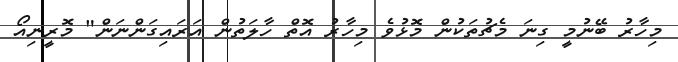
މިހާރު ބޭނުމީ ގިނަ މެޗުތަކުން މޮޅުވެ މިހާރު އޮތް ހާލަތުން އަރައިގަންނަން" މޮރީނިއޯ